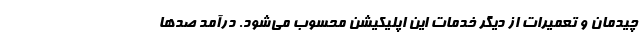
چیدمان و تعمیرات از دیگر خدمات این اپلیکیشن محسوب می‌شود. درآمد صدها